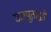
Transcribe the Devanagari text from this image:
राजपूतांद्वारे